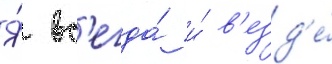
Я́ вс'егда́ и́ в'езд'е́